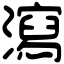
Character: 瀉